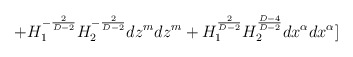
\begin{align*}+H_{1}^{-\frac{2}{D-2}}H_{2}^{-\frac{2}{D-2}}dz^{m}dz^{m}+ H_{1}^{\frac{2}{D-2}}H_{2}^{\frac{D-4}{D-2}}dx^{\alpha}dx^{\alpha}] \end{align*}